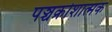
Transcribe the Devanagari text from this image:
पञ्चक्रोशात्मक